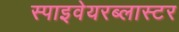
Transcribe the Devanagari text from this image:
स्पाइवेयरब्लास्टर